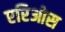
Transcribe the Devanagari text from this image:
एरिओस